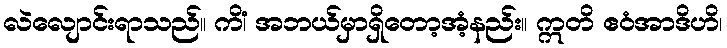
လဲလျောင်းရာသည်။ ကိံ၊ အဘယ်မှာရှိတော့အံ့နည်း။ ဣတိ ဧဝံအာဒိဟိ၊